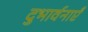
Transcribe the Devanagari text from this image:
दुभार्वनाएँ